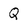
Character: Q